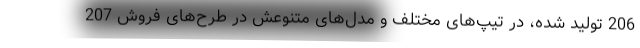
206 تولید شده، در تیپ‌های مختلف و مدل‌های متنوعش در طرح‌های فروش 207